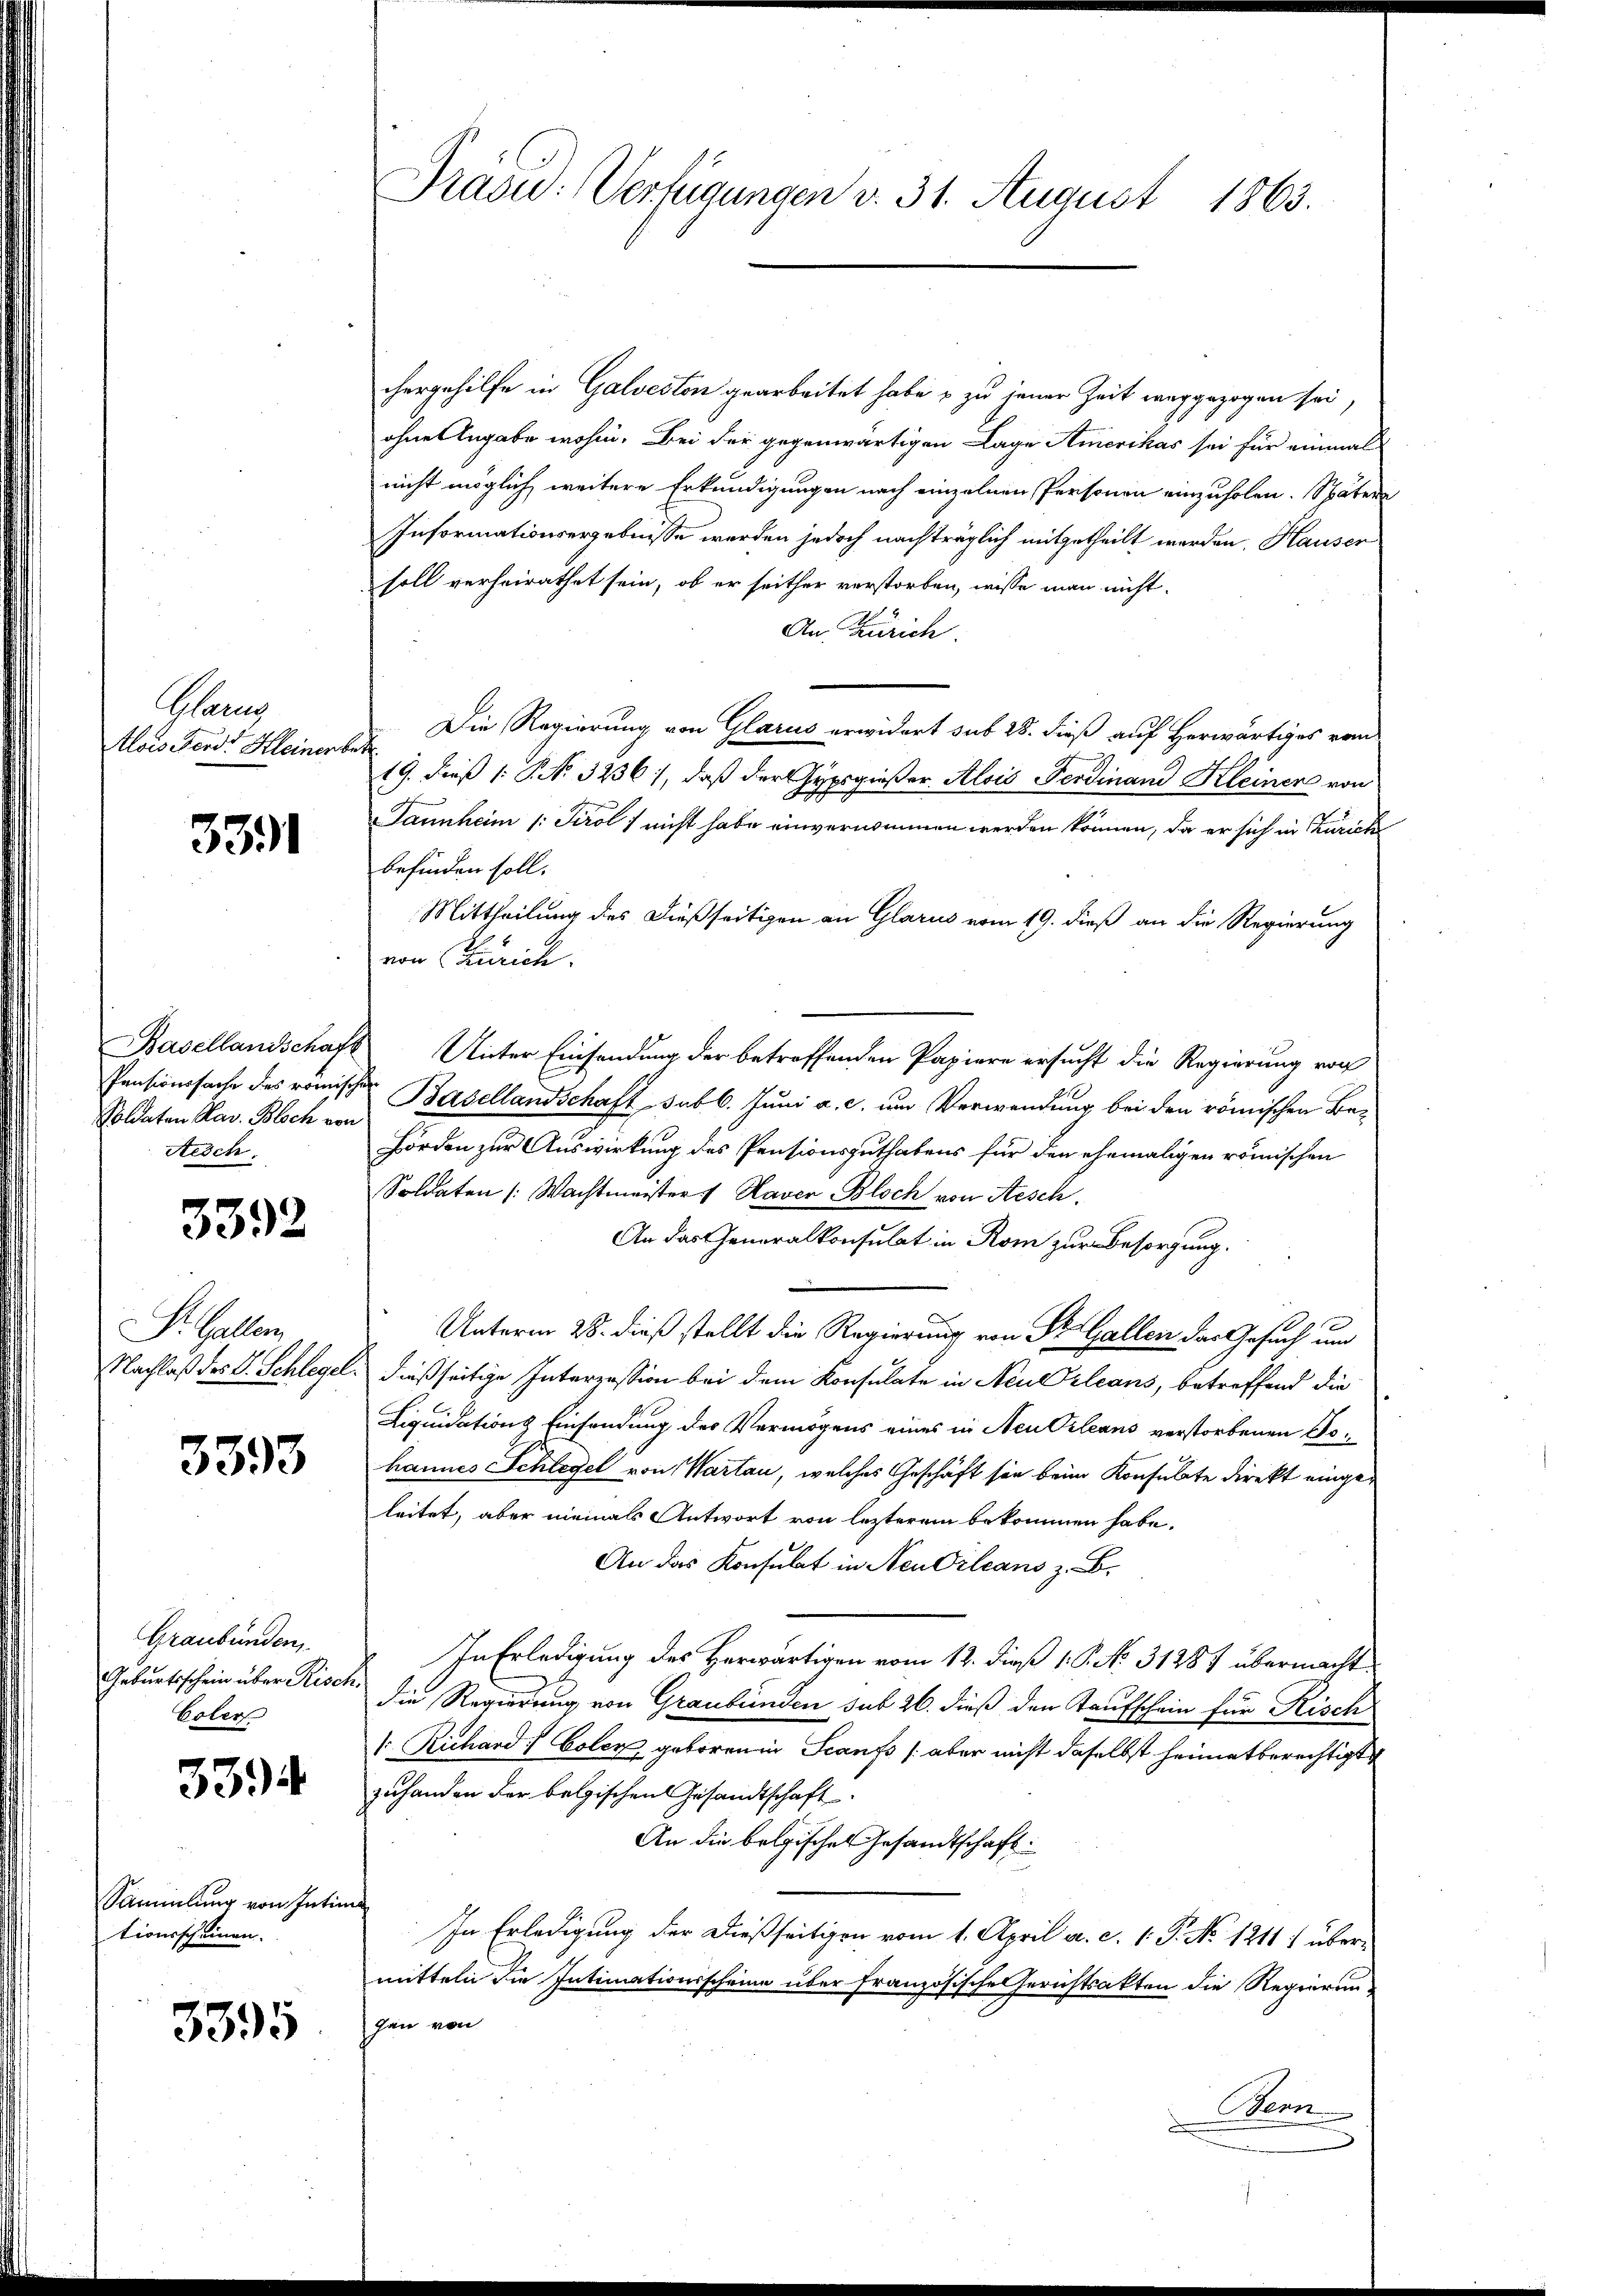
Glanz
Alois werd Kleiner be

3391

Pensionssache des römisch
Soldaten Hav. Bloch von
Aesch

3392

Dr. Gallen
Nachlaß des V. Schlegel.

3393

Graubünden,
Geburtsschein über Risch.
Coler

3394

Sammlung von Intin
tionsscheinen.

3395

Präsid.: Verfügungen v. 31. August 1863.

chergehilfe in Galveston gearbeitet habe u zu jener Zeit weggezogen sei,
ohne Angabe wohin. Bei der gegenwärtigen Lage Amerikas sei für einmal
nicht möglich weitere Erkundigungen nach einzelnen Personen einzuholen. Spätere
Informationsergebnisse werden jedoch nachträglich mitgetheilt werden, Hauser
soll verheirathet sein, ob er seither verstorben, wisse man nicht.
An Zürich
Die Regierung von Glarus erwidert sub 28. dieß auf Herwärtiges vom
.
19. dieß (: NNo. 3236, daß der Heergießer Alois Ferdinand Kleiner von
ihung
A
Jannheim (: Tirol / nicht habe einvernommen werden können, da er sich in Zürich
befinden soll.
Mittheilung des dießseitigen an Glarus vom 19. dieß an die Regierung
von Zürich.
Basellandschaft Unter Einsendung der betreffenden Papiere ersucht die Regierung von
¬
Basellandschaft sub 6. Juni a. c. um Verwendung bei den römischen Be¬
Hörden zur Auswirkung des Pensionsguthabens für den ehemaligen römischen
Soldaten (Wachtmeister 1 Haver Bloch von Aesch.
An das Generalkonsulat in Rom zur Besorgung.
Unterm 28. dieß stellt die Regierung von St. Gallen das Gesuch und
dießseitige Interzession bei dem Konsulate in Neu Orleans, betreffend die
Liquidations Einsendung des Vermögens eines in Neu Orleans verstorbenen Tohannes Schlegel von Wartau, welches Geschäft sie beim Konsulate direkt eingeleitet, aber niemals Antwort von lezterem bekommen habe.
An das Konsulat in Neu Orleans z. B.
In Erledigung des Herwärtigen vom 12. dieß 1. P. No. 31287 übermacht
die Regierung von Graubünden sub 26. dieß den Taufschein für Risch
1. Richard Coler geboren in Scanfs /: aber nicht daselbst heimatberechtigt
zuhanden der belgischen Gesandtschaft
An die belgisches Gesandtschaft:
In Erledigung der dießseitigen vom 1. April a. c. 1. P. No 12111 übermitteln die Intimationsscheine über französische Gerichtsakten die Regierunhen von
Bern